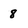
Character: 8